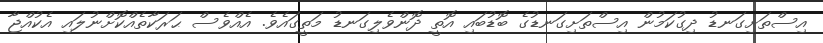
އިސްތަށިގަނޑު ދިގުކަމުން އިސްތަށިގަނޑުގެ ބޮޑުބައި އޮތީ ދޮންވެލިގަނޑު މަތީގައެވެ. އެއްވެސް ޙަރަކާތެއްކޮށްނުލައި އެކުއްޖާ